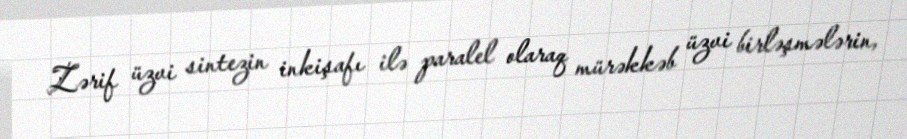
Zərif üzvi sintezin inkişafı ilə paralel olaraq mürəkkəb üzvi birləşmələrin,